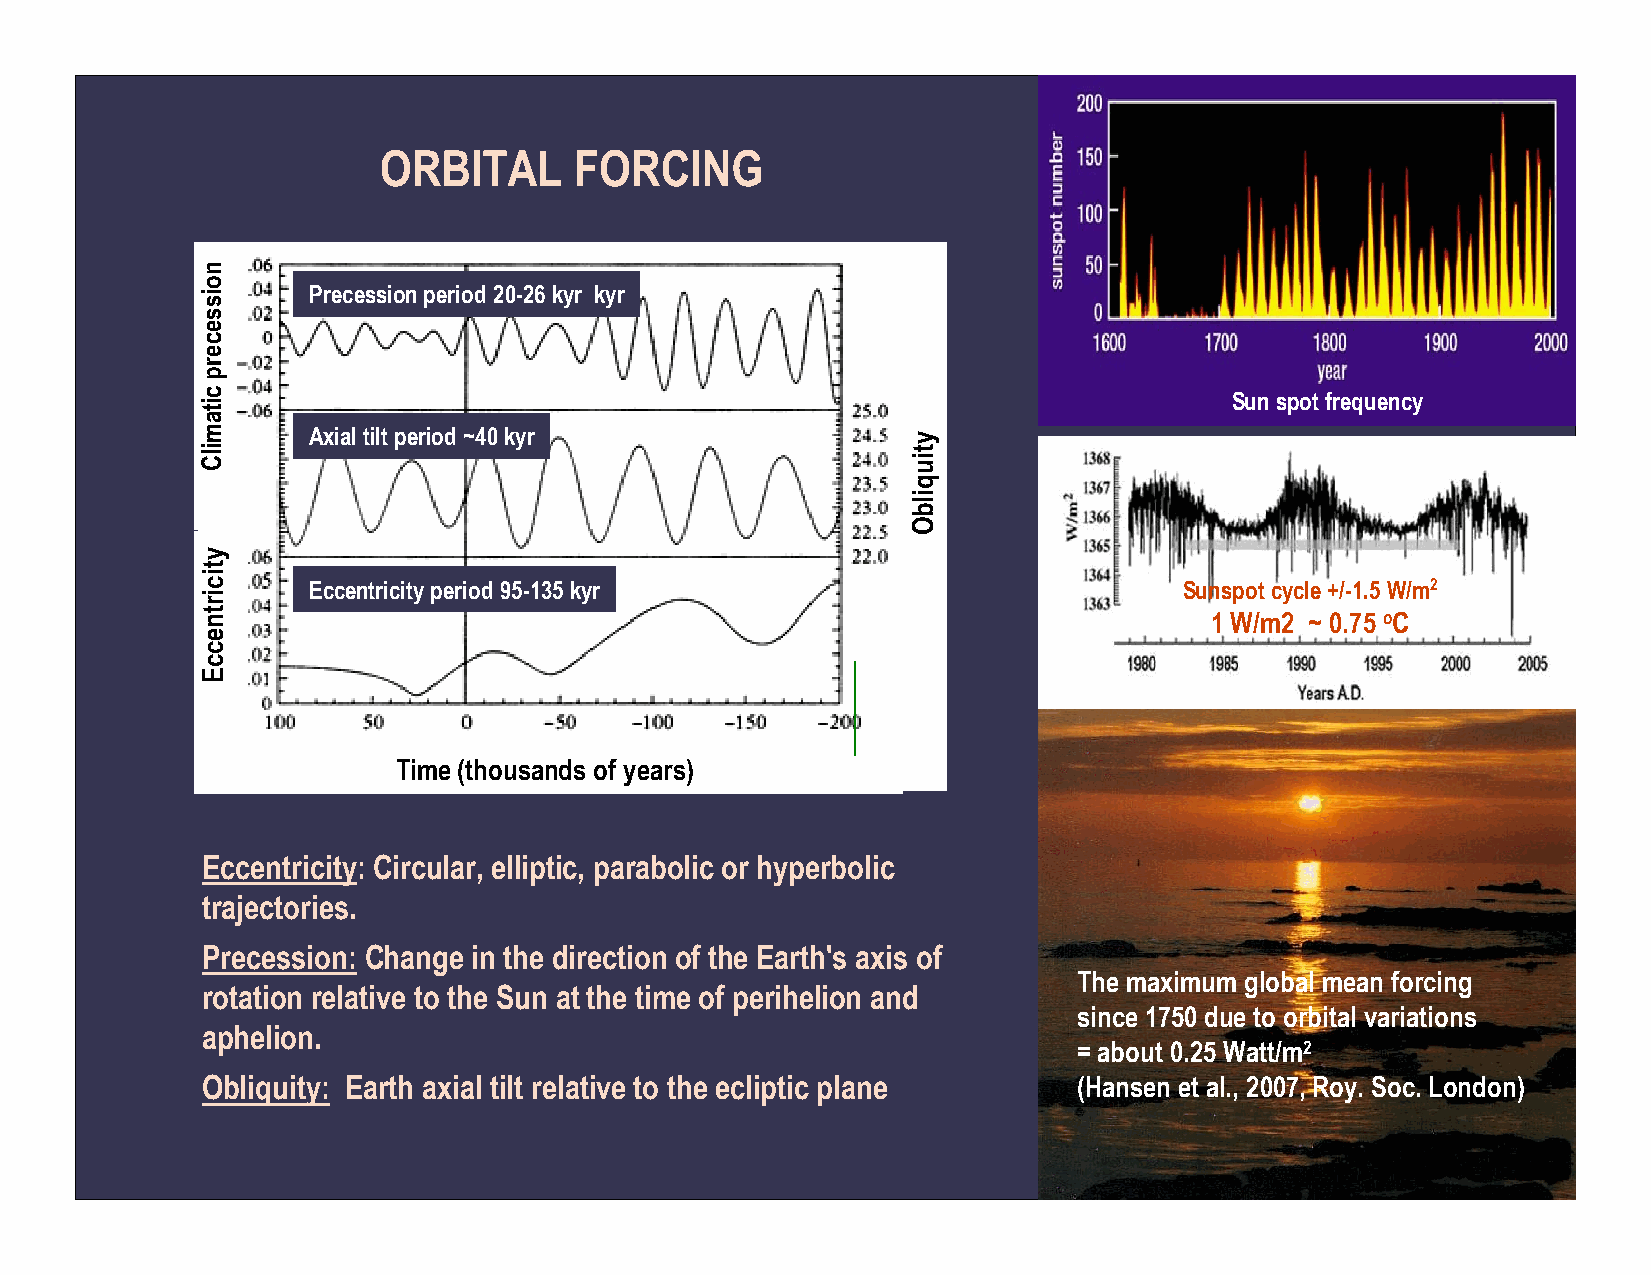
ORBITAL      FORCING
 Precession period 20-26 kyr kyr
 Sun spot frequency
 Axial tilt period ~40 kyr
 Eccentricity period 95-135 kyr                            Sunspot cycle +/-1.5 W/m2
 1 W/m2 ~ 0.75 oC
 Time (thousands of years)
 Eccentricity: Circular, elliptic, parabolic or hyperbolic
 trajectories.
 Precession: Change in the direction of the Earth's axis of
 The maximum global mean forcing
 rotation relative to the Sun at the time of perihelion and
 since 1750 due to orbital variations
 aphelion.
 = about 0.25 Watt/m2
 Obliquity: Earth axial tilt relative to the ecliptic plane (Hansen et al., 2007, Roy. Soc. London)
 noissecerp
 citamilC
 yticirtneccE
 ytiuqilbO